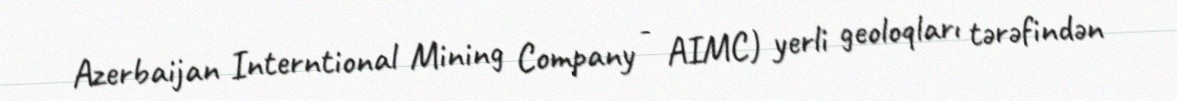
Azerbaijan Interntional Mining Company - AIMC) yerli geoloqları tərəfindən